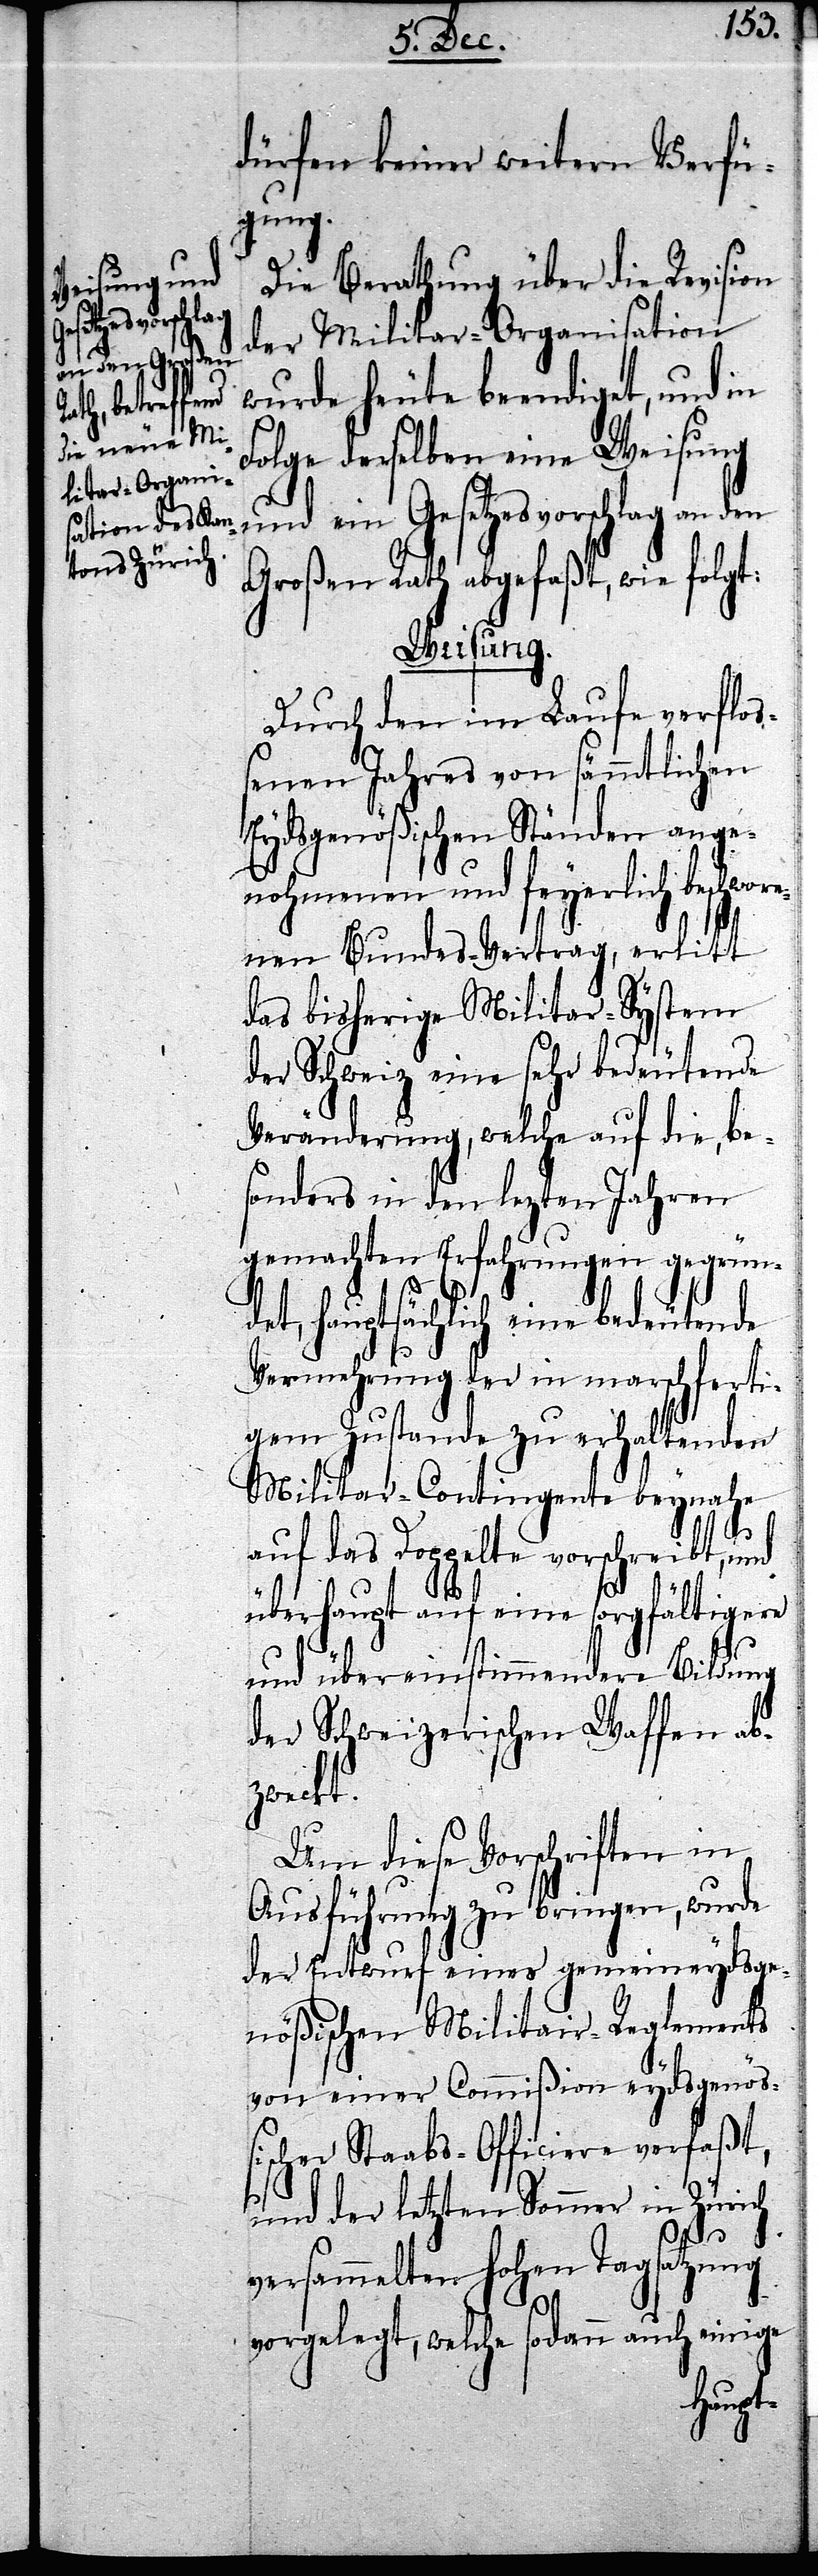
dürfen keiner weitern Verfü¬
gung.
Die Berathung über die Revision
der Militar-Organisation
wurde heute beendiget, und in
olge derselben eine Weisung
und ein Gesetzesvorschlag an den
Großen Rath abgefaßt, wie folgt:
Weisung.
Durch den im Laufe verfloß¬
enen Jahres von sämmtlichen
Eydsgenößischen Ständen ange¬
nohmenen und feyerlich bes¬
nen Bundes-Vertrag, erlitt
das bisherige Militar-System
der Schweiz eine sehr bedeutende
Veränderung, welche auf die, be¬
sonders in den letzten Jahren
gemachten Erfahrungen gegrün¬
det, hauptsächlich eine bedeutende
Vermehrung der in marschferti¬
gem Zustande zu erhaltenden
Militar-Contingente beynahe
F¬
auf das Doppelte vorschreibt, und
überhaupt auf eine sorgfältigere
und übereinstimmendere Bildung
der Schweizerischen Waffen ab¬
zweckt.
Um diese Vorschriften in
Ausführung zu bringen, wurde
der Entwurf eines gemeineydsge¬
nößischen Militair-Reglements
von einer Commißion eydsgenöß¬
ischer Staabs-Officiere verfaßt,
und der letzten Sommer in Zürich
versammelten Hohen Tagsatzung
vorgelegt, welche sodann auch einige
chwore¬